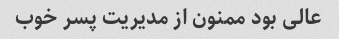
عالی بود ممنون از مدیریت پسر خوب